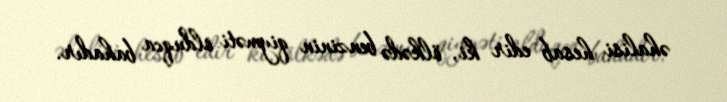
əhalisi hesab edir ki, ölkədə benzinin qiyməti olduqca bahadır.